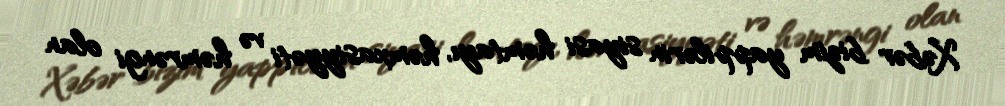
Xəbər bizim yappilərin siyasi həmtayı, həmxasiyyəti və həmrəngi olan